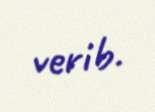
verib.